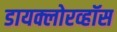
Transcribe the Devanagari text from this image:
डायक्लोरव्हॉस